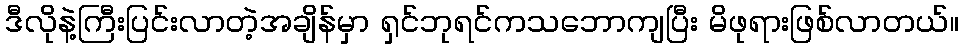
ဒီလိုနဲ့ကြီးပြင်းလာတဲ့အချိန်မှာ ရှင်ဘုရင်ကသဘောကျပြီး မိဖုရားဖြစ်လာတယ်။